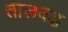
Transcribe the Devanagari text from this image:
तालवद्ध